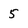
Character: 5